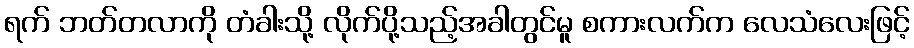
ရက် ဘတ်တလာကို တံခါးသို့ လိုက်ပို့သည့်အခါတွင်မူ စကားလက်က လေသံလေးဖြင့်